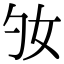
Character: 𡚷